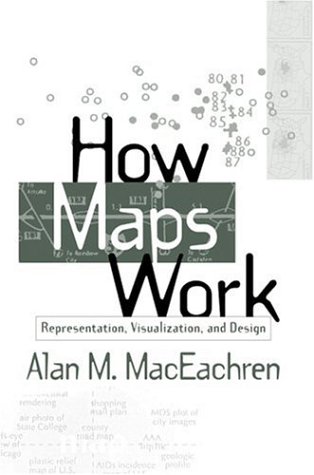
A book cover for How Maps Work: Representation, Visualization, and Design; Alan M. MacEachren PhD; Science & Math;